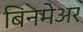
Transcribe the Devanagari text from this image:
बिनमेअर